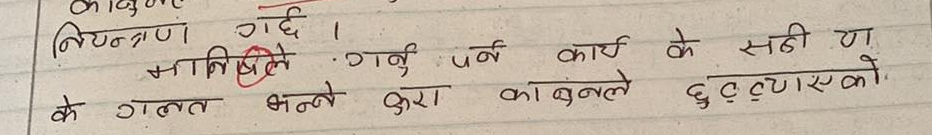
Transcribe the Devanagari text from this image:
नियन्त्रण गदै ।
मानसिक गर्नु पर्ने कार्य के सही या
के गलत भन्न करा काबुले दुष्ट्याँए को